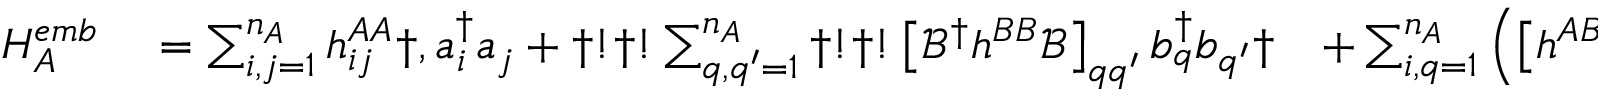
\begin{array} { r l r } { H _ { A } ^ { e m b } } & { { } = \sum _ { i , j = 1 } ^ { n _ { A } } h _ { i j } ^ { A A } \dag , a _ { i } ^ { \dagger } a _ { j } + \dag ! \dag ! \sum _ { q , q ^ { \prime } = 1 } ^ { n _ { A } } \dag ! \dag ! \left[ \mathcal { B } ^ { \dagger } h ^ { B B } \mathcal { B } \right] _ { q q ^ { \prime } } b _ { q } ^ { \dagger } b _ { q ^ { \prime } } \dag } & { + \sum _ { i , q = 1 } ^ { n _ { A } } \left( \left[ h ^ { A B } \mathcal { B } \right] _ { i q } \dag , a _ { i } ^ { \dagger } b _ { q } + \mathrm { ~ H ~ . ~ c ~ . ~ } \right) } \end{array}